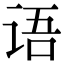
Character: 语